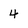
Character: 4